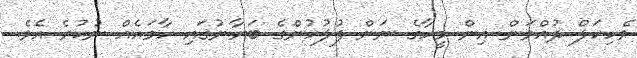
ވެހިކަލް ދުއްވަން އިން މީހާގެ ނަން ފުލުހުންގެ ބަޔާނުގައި ހާމައެއް ނުކުރެ އެވެ.